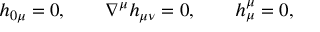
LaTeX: h _ { 0 \mu } = 0 , \qquad \nabla ^ { \mu } h _ { \mu \nu } = 0 , \qquad h _ { \mu } ^ { \mu } = 0 ,